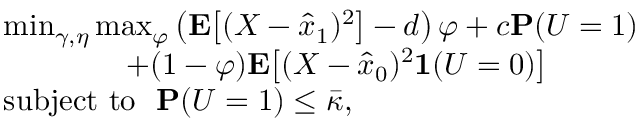
\begin{array} { r l } & { \operatorname* { m i n } _ { \gamma , \eta } \operatorname* { m a x } _ { \varphi } \left( \mathbf { E } \big [ ( X - \hat { x } _ { 1 } ) ^ { 2 } \big ] - d \right) \varphi + c \mathbf { P } ( U = 1 ) } \\ & { \qquad \qquad + ( 1 - \varphi ) \mathbf { E } \big [ ( X - \hat { x } _ { 0 } ) ^ { 2 } \mathbf { 1 } ( U = 0 ) \big ] } \\ & { \mathrm { s u b j e c t ~ t o ~ ~ } \mathbf { P } ( U = 1 ) \le \bar { \kappa } , } \end{array}